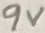
Text: 9V